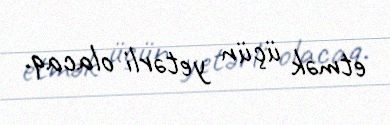
etmək üçün yetərli olacaq.